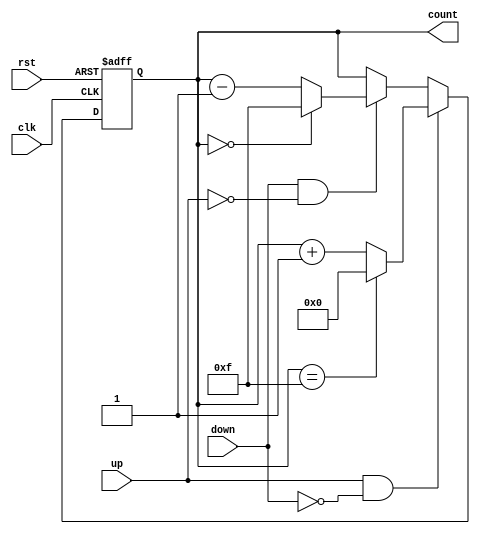
module UpDownCounter #(
    parameter N = 4  // Parameter for the bit width of the counter
)(
    input wire clk,      // Clock signal
    input wire rst,      // Asynchronous reset signal
    input wire up,       // Control signal to count up
    input wire down,     // Control signal to count down
    output reg [N-1:0] count // n-bit output for the current count
);

    // Maximum value for the counter based on N bits
    localparam MAX_COUNT = (1 << N) - 1;

    // Always block triggered on the rising edge of the clock
    always @(posedge clk or posedge rst) begin
        if (rst) begin
            // Reset the counter to zero
            count <= 0;
        end else begin
            // Count logic
            if (up && !down) begin
                // Increment the counter
                if (count == MAX_COUNT) begin
                    count <= 0; // Roll over to zero
                end else begin
                    count <= count + 1;
                end
            end else if (down && !up) begin
                // Decrement the counter
                if (count == 0) begin
                    count <= MAX_COUNT; // Roll over to max value
                end else begin
                    count <= count - 1;
                end
            end
            // If both up and down are low, retain the current value
        end
    end

endmodule